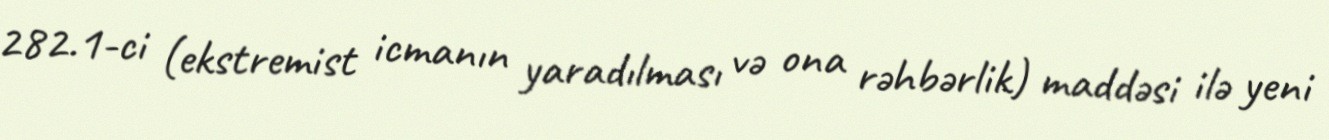
282.1-ci (ekstremist icmanın yaradılması və ona rəhbərlik) maddəsi ilə yeni